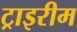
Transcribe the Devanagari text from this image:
ट्राइरीम